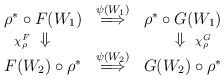
\begin{align*}\begin{array}{ccc}\rho^* \circ F(W_1) & \stackrel{ \psi(W_1) }{ \Longrightarrow }& \rho^* \circ G(W_1) \\\makebox[0pt][r]{ $\scriptstyle{ \chi^F_{\rho} }$ } \Downarrow & &\Downarrow \makebox[0pt][l]{ $\scriptstyle{ \chi^G_{\rho} }$ } \\F(W_2) \circ \rho^* & \stackrel{ \psi(W_2) }{ \Longrightarrow }& G(W_2) \circ \rho^* \end{array}\end{align*}